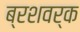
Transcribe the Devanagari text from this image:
ब्रशवर्क